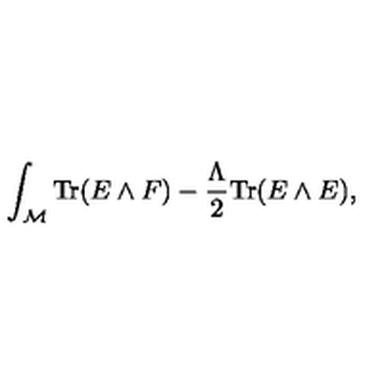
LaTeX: \int _ { \cal M } \mathrm { T r } ( E \wedge F ) - { \frac { \Lambda } { 2 } } \mathrm { T r } ( E \wedge E ) ,